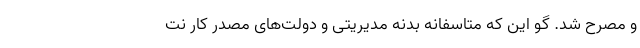
و مصرح شد. گو این که متاسفانه بدنه مدیریتی و دولت‌های مصدر کار نت